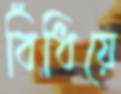
বিঁধিয়ে